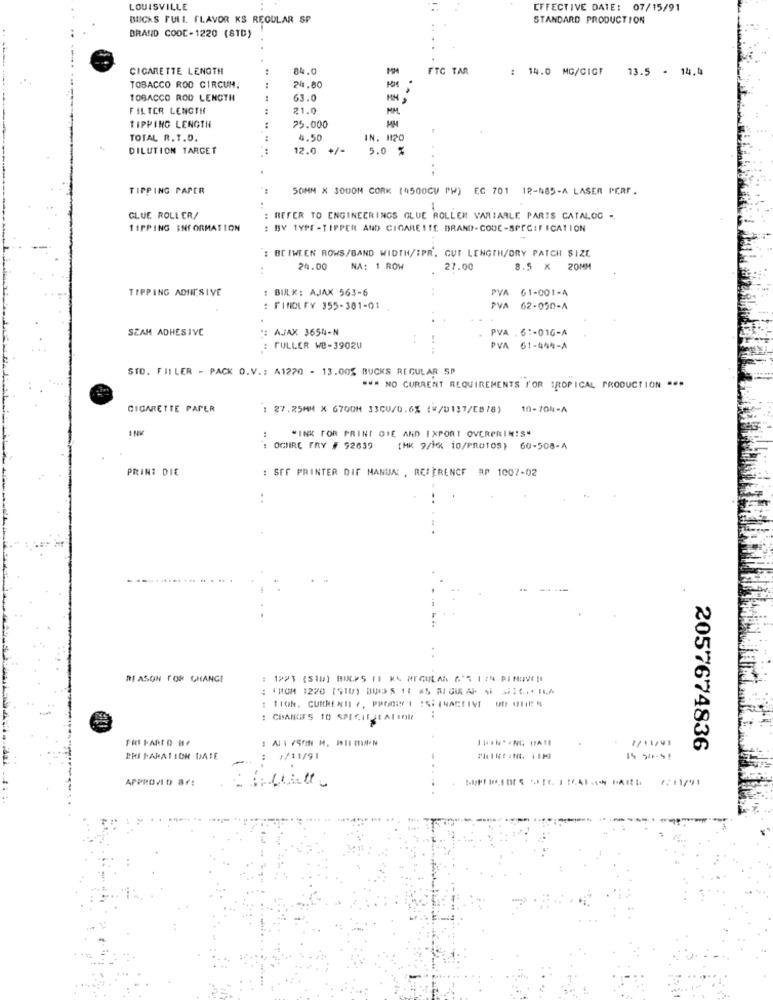
LOUISVILLE
EFFECTIVE DATE: 07/15/91
BUCKS FULL FLAVOR KS REGULAR SP
STANDARD PRODUCTION
BRAND CODE-1220 (STB)
CIGARETTE LENGTH
34.0
FTC TAR
: 14.0 MG/CIGF
13.5 - 14.4
TOBACCO ROD CIRCUN.
24.80
TOBACCO ROD LENGTH
63.0
FILTER LENGTH
21.0
MM
TIPPING LENGTH
75.000
MM
TOTAL R.T.D.
4.50
IN. 1120
DILUTION TARGET
12.0
5.0 %
TIPPING PAPER
SOMM X 3000M CORK (4500CU PW) EC 701 12-485-A LASER PCAF .
GLUE ROLLER/
: REFER TO ENGINEERINGS GLUE ROLLER VARIABLE PARIS CATALOG -.
TIPPING INFORMATION
: BY TYPE -TIPPER AND CIGARETTE BRAND-CODE-SPECIFICATION
': BETWEEN ROWS/BAND WIDTH/IPR. GUT LENGTH/DRY PATCH SIZE
24.00
NA: 1 ROW
27.00
8.5 × 20MM
TIPPING ADHESIVE
: BULK: AJAX 563-6
..
PVA 61-001-A
: FINDUFY 355-381-01
PVA 62-050-A
SEAM ADHESIVE
*: AJAX 3654-N
PVA . 6 :- 016-A
: FULLER WE-39024
PVA 61-444-A
STO. FILLER - PACK O.V .: A1220 - 13.00% BUCKS REGULAR SP
#*# NO CURRENT REQUIREMENTS F'OR IROPICAL PRODUCTION ".
CIGARETTE PAPER
: 27.25MM X 6700H 33CU/0.6% {*/U137/E878)
10-70%-A
:
"INK FOR PRINT DIE AND EXPORT OVERPRINTS.
: OCHRE TRY # 92639
(MK. 9/1x 10/PROTOS) 60-508-A
PRINT DIE
: SFF PRINTER DIF MANUAL , REFERENCE RP 1007-02
..
REASON FOR CHANGE
: CIMANGES 10 SPECIE ALIOR
..
2/11/91
2057674836
CHI FARATION DATE
1/11/91
APPROVID BF: